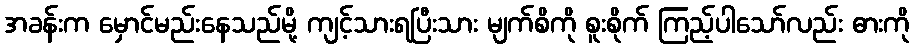
အခန်းက မှောင်မည်းနေသည်မို့ ကျင့်သားရပြီးသား မျက်စိကို စူးစိုက် ကြည့်ပါသော်လည်း ဓားကို